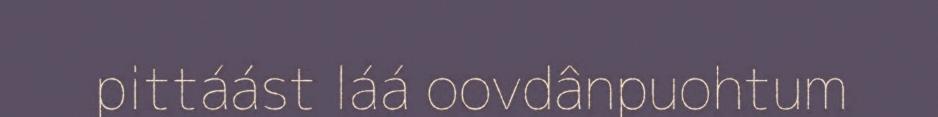
pittáást láá oovdânpuohtum